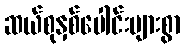
ဆယ်စုနှစ်ပေါင်းများစွာ